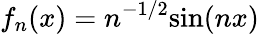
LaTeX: f_{n}(x)=n^{-1/2}{\sin(nx)}